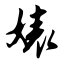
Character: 婊